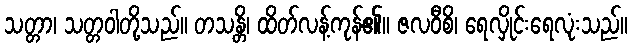
သတ္တာ၊ သတ္တဝါတို့သည်။ တသန္တိ၊ ထိတ်လန့်ကုန်၏။ ဇလဝီစိ၊ ရေလှိုင်းရေလုံးသည်။